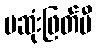
မဆုံးဖြတ်မီ